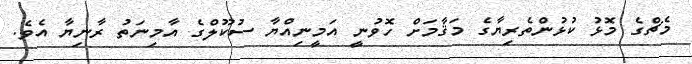
މެޗްގެ މޮޅު ކުޅުންތެރިޔާގެ މަޤާމަށް ހޮވުނީ އަމީނިއްޔާ ސުކޫލްގެ އާމިނަތު ރާނިޔާ އެވެ.